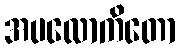
အပလောကိတော